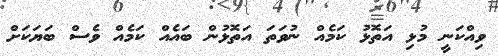
ވިއްކަނީ މުޅި އަތޮޅު ކަމެއް ނުވަތަ އަތޮޅުން ބައެއް ކަމެއް ވެސް ބަޔަކަށް